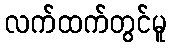
လက်ထက်တွင်မူ